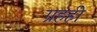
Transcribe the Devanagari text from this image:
ग्रहही